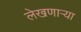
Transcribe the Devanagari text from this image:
लेखणाऱ्या